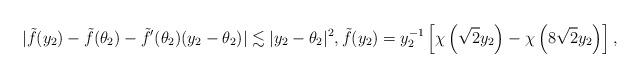
LaTeX: \begin{align*}|\tilde{f}(y_2)-\tilde{f}(\theta_2)-\tilde{f}'(\theta_2)(y_2-\theta_2)|\lesssim |y_2-\theta_2|^2, \tilde{f}(y_2)=y_2^{-1}\left[\chi\left(\sqrt{2}y_2\right)-\chi\left(8\sqrt{2}y_2\right)\right],\end{align*}